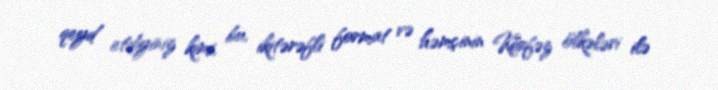
qeyd etdiyiniz kimi, bu, ikitərəfli format və həmçinin Körfəz ölkələri ilə